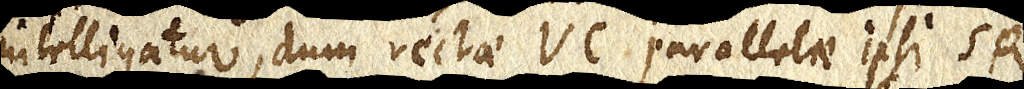
intelligatur, dum rectae VC parallelae ipsi SR